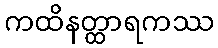
ကထိနတ္ထာရကဿ